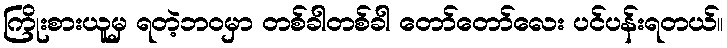
ကြိုးစားယူမှ ရတဲ့ဘ၀မှာ တစ်ခါတစ်ခါ တော်တော်လေး ပင်ပန်းရတယ်။